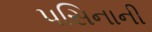
પસિનાની